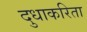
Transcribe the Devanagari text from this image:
दुधाकरिता